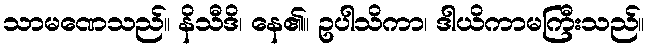
သာမဏေသည်။ နိသီဒိ၊ နေ၏။ ဥပါသိကာ၊ ဒါယိကာမကြီးသည်။